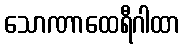
သောဏာထေရီဂါထာ